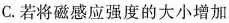
C.若将磁感应强度的大小增加